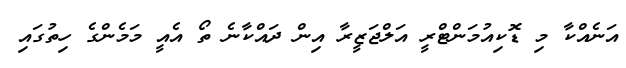
އަނެއްކާ މި ޑޮކިއުމަންޓްރީ އަލްޖަޒީރާ އިން ދައްކާނެ ތޯ އެއީ މަމެންގެ ހިތުގަައި